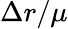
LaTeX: \Delta r/\mu